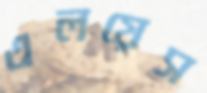
এলয়েস